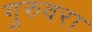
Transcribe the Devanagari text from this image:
गुरुवरा